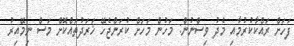
ފަހަށް ރައްކާކުރުމާއި މެދު ވިސްނުން: މަހުން މަހަށް ކުރަންޖެހޭ ޚަރަދުތައްކޮށް މަސް ނިމޭއިރު